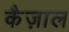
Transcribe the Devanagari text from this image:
कैज़ाल